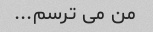
من می ترسم...